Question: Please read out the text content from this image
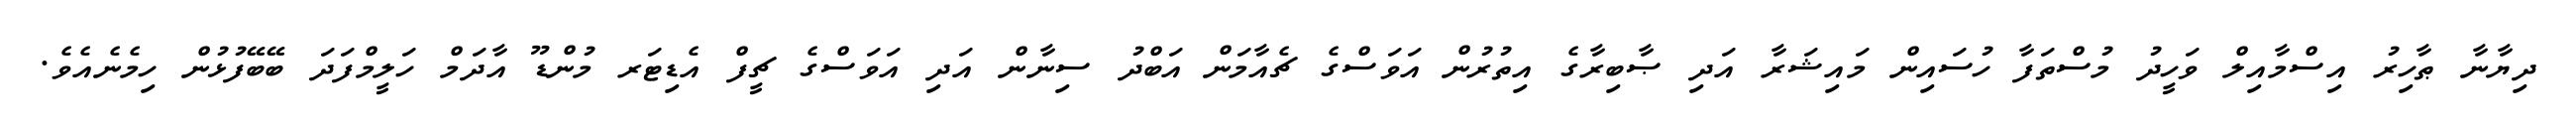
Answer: ދިޔާނާ ޠާހިރު އިސްމާއިލް ވަހީދު މުސްތަފާ ހުސައިން މައިޝަރާ އަދި ޞާބިރާގެ އިތުރުން އަވަސްގެ ޗެއާމަން އަބްދު ސިނާން އަދި އަވަސްގެ ޗީފް އެޑިޓަރ މުންޑޫ އާދަމް ހަލީމްފަދަ ބޭބޭފުޅުން ހިމެނެއެވެ.